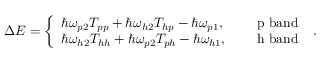
\begin{array} { r } { \Delta { \cal E } = \left\{ \begin{array} { l l } { \hbar \omega _ { p 2 } T _ { p p } + \hbar \omega _ { h 2 } T _ { h p } - \hbar \omega _ { p 1 } , } & { \quad \mathrm { ~ p ~ b a n d ~ } } \\ { \hbar \omega _ { h 2 } T _ { h h } + \hbar \omega _ { p 2 } T _ { p h } - \hbar \omega _ { h 1 } , } & { \quad \mathrm { ~ h ~ b a n d ~ } } \end{array} \right. . } \end{array}